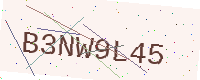
Text: B3NW9L45